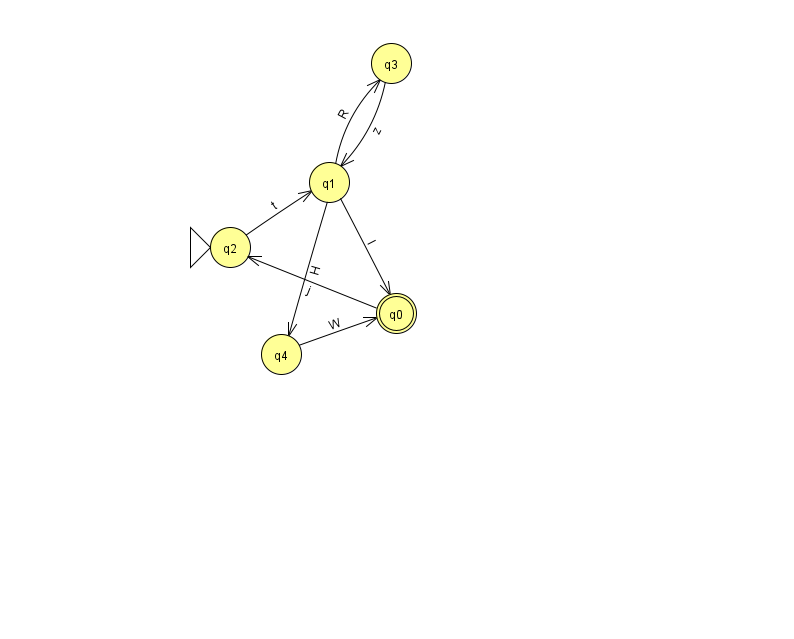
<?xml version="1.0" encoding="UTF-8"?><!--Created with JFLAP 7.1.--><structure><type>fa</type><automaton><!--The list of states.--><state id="0" name="q0"><x>396.0</x><y>300.0</y><final/></state><state id="1" name="q1"><x>329.0</x><y>169.0</y></state><state id="2" name="q2"><x>230.0</x><y>234.0</y><initial/></state><state id="3" name="q3"><x>391.0</x><y>50.0</y></state><state id="4" name="q4"><x>281.0</x><y>341.0</y></state><!--The list of transitions.--><transition><from>2</from><to>1</to><read>t</read></transition><transition><from>1</from><to>0</to><read>l</read></transition><transition><from>1</from><to>3</to><read>R</read></transition><transition><from>0</from><to>2</to><read>j</read></transition><transition><from>4</from><to>0</to><read>W</read></transition><transition><from>3</from><to>1</to><read>z</read></transition><transition><from>1</from><to>4</to><read>H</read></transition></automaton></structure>